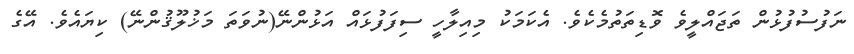
ނަފުސުފުޅުން ތަޖައްލީވެ ވޮޑިތަތުމެކެވެ. އެކަމަކު މިއިލާހީ ސިފަފުޅައް އަޅުންނޭ(ނުވަތަ މަޚުލޫޤުންނޭ) ކިޔައެވެ. އޭގެ